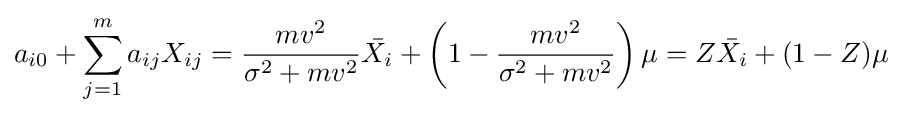
a_{i0}+\sum _{j=1}^{m}a_{ij}X_{ij}={\frac {mv^{2}}{\sigma ^{2}+mv^{2}}}{\bar {X_{i}}}+\left(1-{\frac {mv^{2}}{\sigma ^{2}+mv^{2}}}\right)\mu =Z{\bar {X_{i}}}+(1-Z)\mu